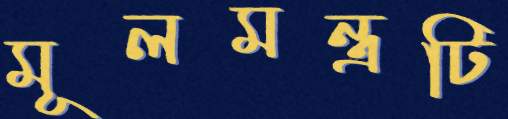
মূলমন্ত্রটি